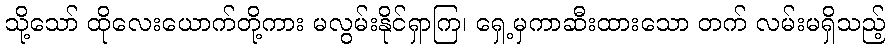
သို့သော် ထိုလေးယောက်တို့ကား မလွမ်းနိုင်ရှာကြ၊ ရှေ့မှကာဆီးထားသော တက် လမ်းမရှိသည့်